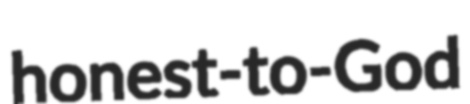
honest-to-God